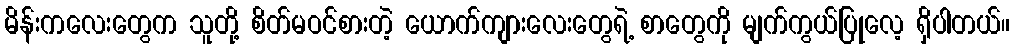
မိန်းကလေးတွေက သူတို့ စိတ်မဝင်စားတဲ့ ယောက်ကျားလေးတွေရဲ့ စာတွေကို မျက်ကွယ်ပြုလေ့ ရှိပါတယ်။